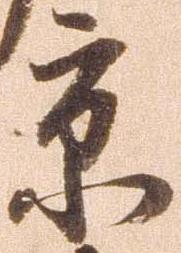
京